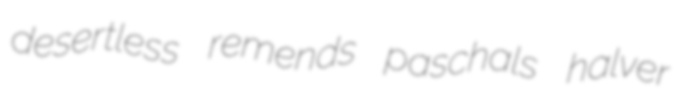
desertless remends paschals halver